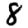
Digit: 8